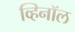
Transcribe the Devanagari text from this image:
व्हिनॉल